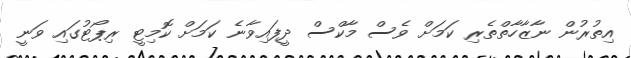
އިތުރުން ނާޒާހާތްތެރި ކަމަށް ވެސް މާކްސް ދީފައިވާނެ ކަމަށް ކޮމިޓީ ރިޕޯޓުގައި ވަނީ